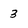
Character: 3